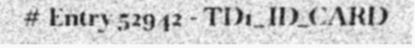
# Entry 52942 - TD1_ID_CARD